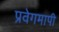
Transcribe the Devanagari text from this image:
प्रवेगमापी